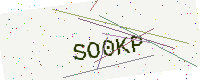
Text: SO0KP